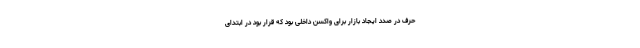
حرف در صدد ایجاد بازار برای واکسن داخلی بود که قرار بود در ابتدای